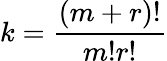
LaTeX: k=\frac{\left(m+r\right)!}{m!r!}